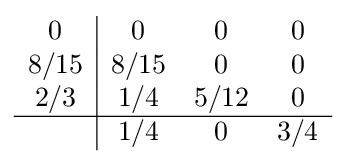
{\begin{array}{c|ccc}0&0&0&0\\8/15&8/15&0&0\\2/3&1/4&5/12&0\\\hline &1/4&0&3/4\\\end{array}}